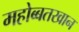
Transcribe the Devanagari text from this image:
महोब्बतखान